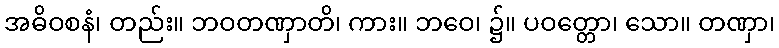
အဓိဝစနံ၊ တည်း။ ဘဝတဏှာတိ၊ ကား။ ဘဝေ၊ ၌။ ပဝတ္တော၊ သော။ တဏှာ၊